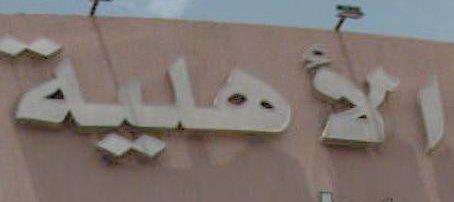
الأهلية